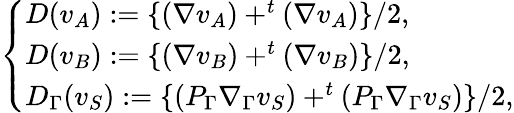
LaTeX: \left\{ \begin{array}{ll}{D(v_{A}):=\{ (\nabla v_{A})+^{t}(\nabla v_{A})\} /2,}\\ {D(v_{B}):=\{ (\nabla v_{B})+^{t}(\nabla v_{B})\} /2,}\\ {D_{\Gamma}(v_{S}):=\{ (P_{\Gamma}\nabla_{\Gamma}v_{S})+^{t}(P_{\Gamma}\nabla_{\Gamma}v_{S})\} /2,}\end{array}\right.